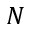
N